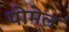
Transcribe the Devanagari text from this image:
पोमेल